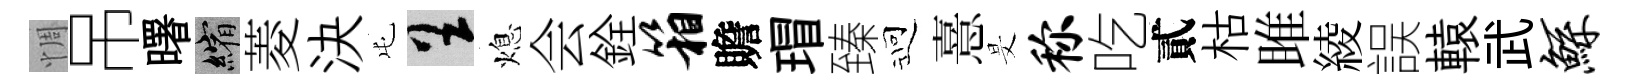
惆吊曙縮菱決屯呈熄会銓箱贍瑁臻迎憙旻称吃貳枯雎綾誤轅武鲧